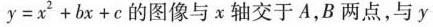
y=x^2+bx+c的图像与x轴交于A，B两点，与y